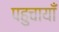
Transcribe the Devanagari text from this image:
पहुचायाँ